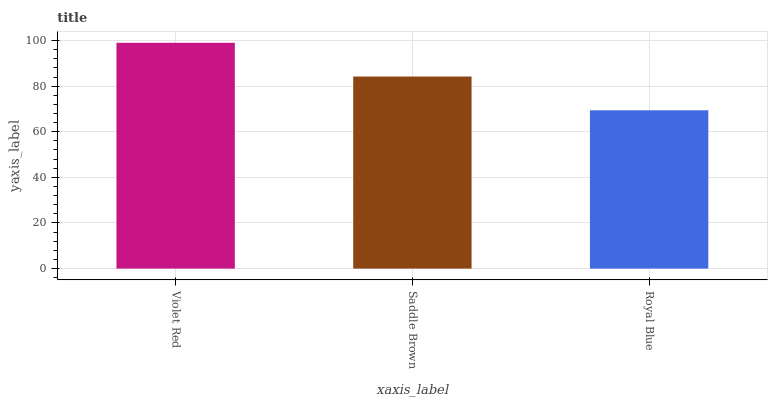
| xaxis_label | bars |
 | --- | --- |
 | Violet Red | 99 |
 | Saddle Brown | 84.2 |
 | Royal Blue | 69.4 |